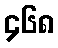
၄၆၈